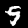
Digit: 9